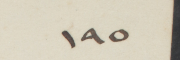
١٩٥